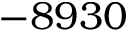
- 8 9 3 0